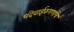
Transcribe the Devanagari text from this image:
धंदेवाईकपणाचे